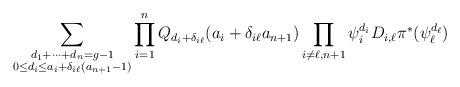
LaTeX: \begin{align*}\sum_{\substack{d_1+\dots+d_{n}=g-1\\0\leq d_i \leq a_i+\delta_{i\ell} (a_{n+1}-1) }} \prod_{i=1}^{n} Q_{d_i+\delta_{i\ell}}(a_i+\delta_{i\ell} a_{n+1}) \prod_{i\not=\ell,n+1} \psi_i^{d_i} D_{i,\ell} \pi^*(\psi_\ell^{d_\ell})\end{align*}